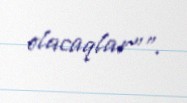
olacaqlar”".